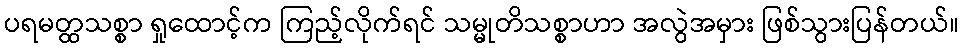
ပရမတ္ထသစ္စာ ရှုထောင့်က ကြည့်လိုက်ရင် သမ္မုတိသစ္စာဟာ အလွဲအမှား ဖြစ်သွားပြန်တယ်။